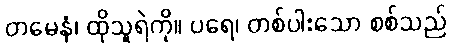
တမေနံ၊ ထိုသူရဲကို။ ပရေ၊ တစ်ပါးသော စစ်သည်